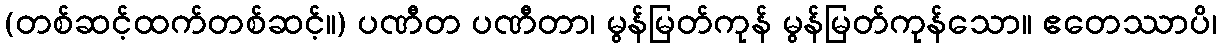
(တစ်ဆင့်ထက်တစ်ဆင့်။) ပဏီတ ပဏီတာ၊ မွန်မြတ်ကုန် မွန်မြတ်ကုန်သော။ ဧတေဿာပိ၊